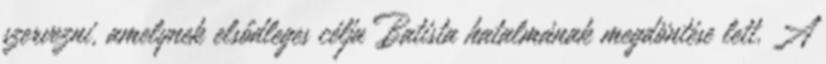
szervezni, amelynek elsődleges célja Batista hatalmának megdöntése lett. A